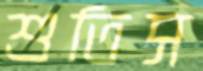
শুতিস